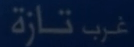
غرب تازة